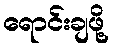
ရောင်းချဖို့